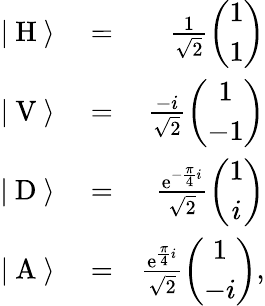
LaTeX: \begin{array}{rlr}{|\ \mathrm{H}\ \rangle}&{{}=}&{\frac{1}{\sqrt{2}}\left(\begin{array}{c}{1}\\ {1}\end{array}\right)}\\ {|\ \mathrm{V}\ \rangle}&{{}=}&{\frac{-i}{\sqrt{2}}\left(\begin{array}{c}{1}\\ {-1}\end{array}\right)}\\ {|\ \mathrm{D}\ \rangle}&{{}=}&{\frac{\mathrm{e}^{-\frac{\pi}{4}i}}{\sqrt{2}}\left(\begin{array}{c}{1}\\ {i}\end{array}\right)}\\ {|\ \mathrm{A}\ \rangle}&{{}=}&{\frac{\mathrm{e}^{\frac{\pi}{4}i}}{\sqrt{2}}\left(\begin{array}{c}{1}\\ {-i}\end{array}\right),}\end{array}